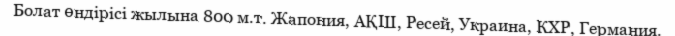
Болат өндірісі жылына 800 м.т. Жапония, АҚШ, Ресей, Украина, КХР, Германия.